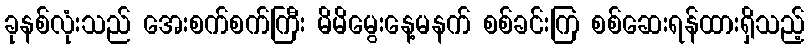
ခုနစ်လုံးသည် အေးစက်စက်ကြီး မိမိမွေးနေ့မနက် စစ်ခင်းကြ စစ်ဆေးရန်ထားရှိသည့်